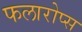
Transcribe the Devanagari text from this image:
फलारोप्स